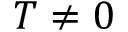
T \neq 0